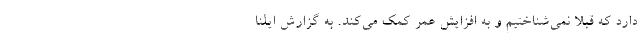
دارد که قبلاً نمی‌شناختیم و به افزایش عمر کمک می‌کند. به گزارش ایلنا